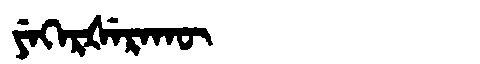
Manchu: ᠶᡝᡴᡝᡵᡧᡝᡵᠠᡴᡡ
Romanization: YEKERŠERAKŪ